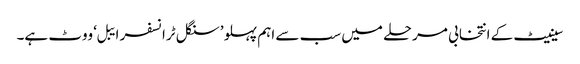
سینیٹ کے انتخابی مرحلے میں سب سے اہم پہلو ’سنگل ٹرانسفر ایبل‘ ووٹ ہے۔